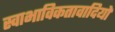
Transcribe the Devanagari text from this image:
स्वाभाविकतावादियों